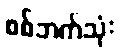
စစ်ဘက်သုံး